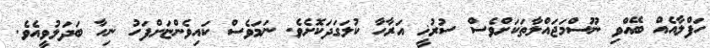
ހަފްލާއެއް ބޭއްވި ނޫސްމަޖައްލާތަކަށްވެސް ސުރުޚީ އަރާހާ ކުލަގަދަކޮށެވެ. ނަމަވެސް ކައިވެންޏަށްފަހު ނިހާ ބަދަލުވީއެވެ.